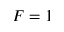
F = 1